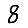
Digit: 8